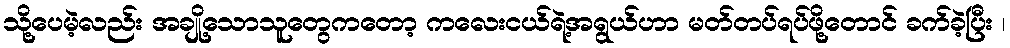
သို့ပေမဲ့လည်း အချို့သောသူတွေကတော့ ကလေးငယ်ရဲ့အရွယ်ဟာ မတ်တပ်ရပ်ဖို့တောင် ခက်ခဲ့ပြီး ၊